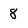
Character: 8